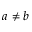
a \neq b